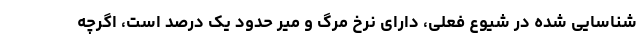
شناسایی شده در شیوع فعلی، دارای نرخ مرگ و میر حدود یک درصد است، اگرچه